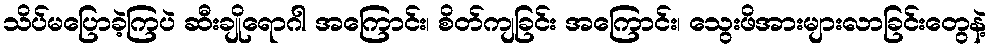
သိပ်မပြောခဲ့ကြပဲ ဆီးချိုရောဂါ အကြောင်း၊ စိတ်ကျခြင်း အကြောင်း၊ သွေးဖိအားများလာခြင်းတွေနဲ့